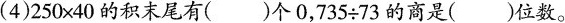
(4)$$ 2 5 0 \times 4 0$$的积末尾有（）个0，$$ 7 3 5 \div 7 3$$的商是（）位数。